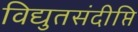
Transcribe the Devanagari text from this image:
विद्युतसंदीप्ति